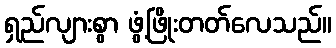
ရှည်လျားစွာ ဖွံ့ဖြိုးတတ်လေသည်။